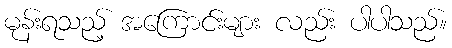
မုန်းရသည့် အကြောင်းများ လည်း ပါပါသည်။